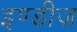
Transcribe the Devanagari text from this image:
इण्डीज़